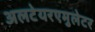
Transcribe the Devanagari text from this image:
अलटेयरएमुलेटर